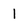
Character: l